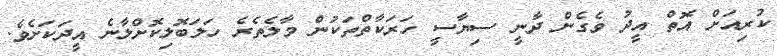
ކުރިއަށް އޮތް އީދު ވެގެން ދާނީ ސިޔާސީ ހަރަކާތްތަކުން މާލެތެރެ ހަލަބޮލިކޮށްލާނެ އީދަކަށެވެ.